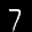
Label: 7